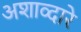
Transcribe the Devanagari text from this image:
अशाव्दारे